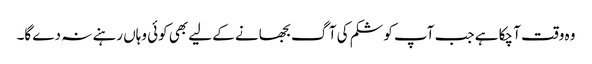
وہ وقت آ چکا ہے جب آپ کو شکم کی آگ بجھانے کے لیے بھی کوئی وہاں رہنے نہ دے گا۔